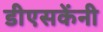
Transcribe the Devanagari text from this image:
डीएसकेंनी